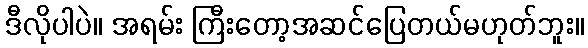
ဒီလိုပါပဲ။ အရမ်း ကြီးတော့အဆင်ပြေတယ်မဟုတ်ဘူး။